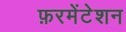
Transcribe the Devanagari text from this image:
फ़रमेंटेशन